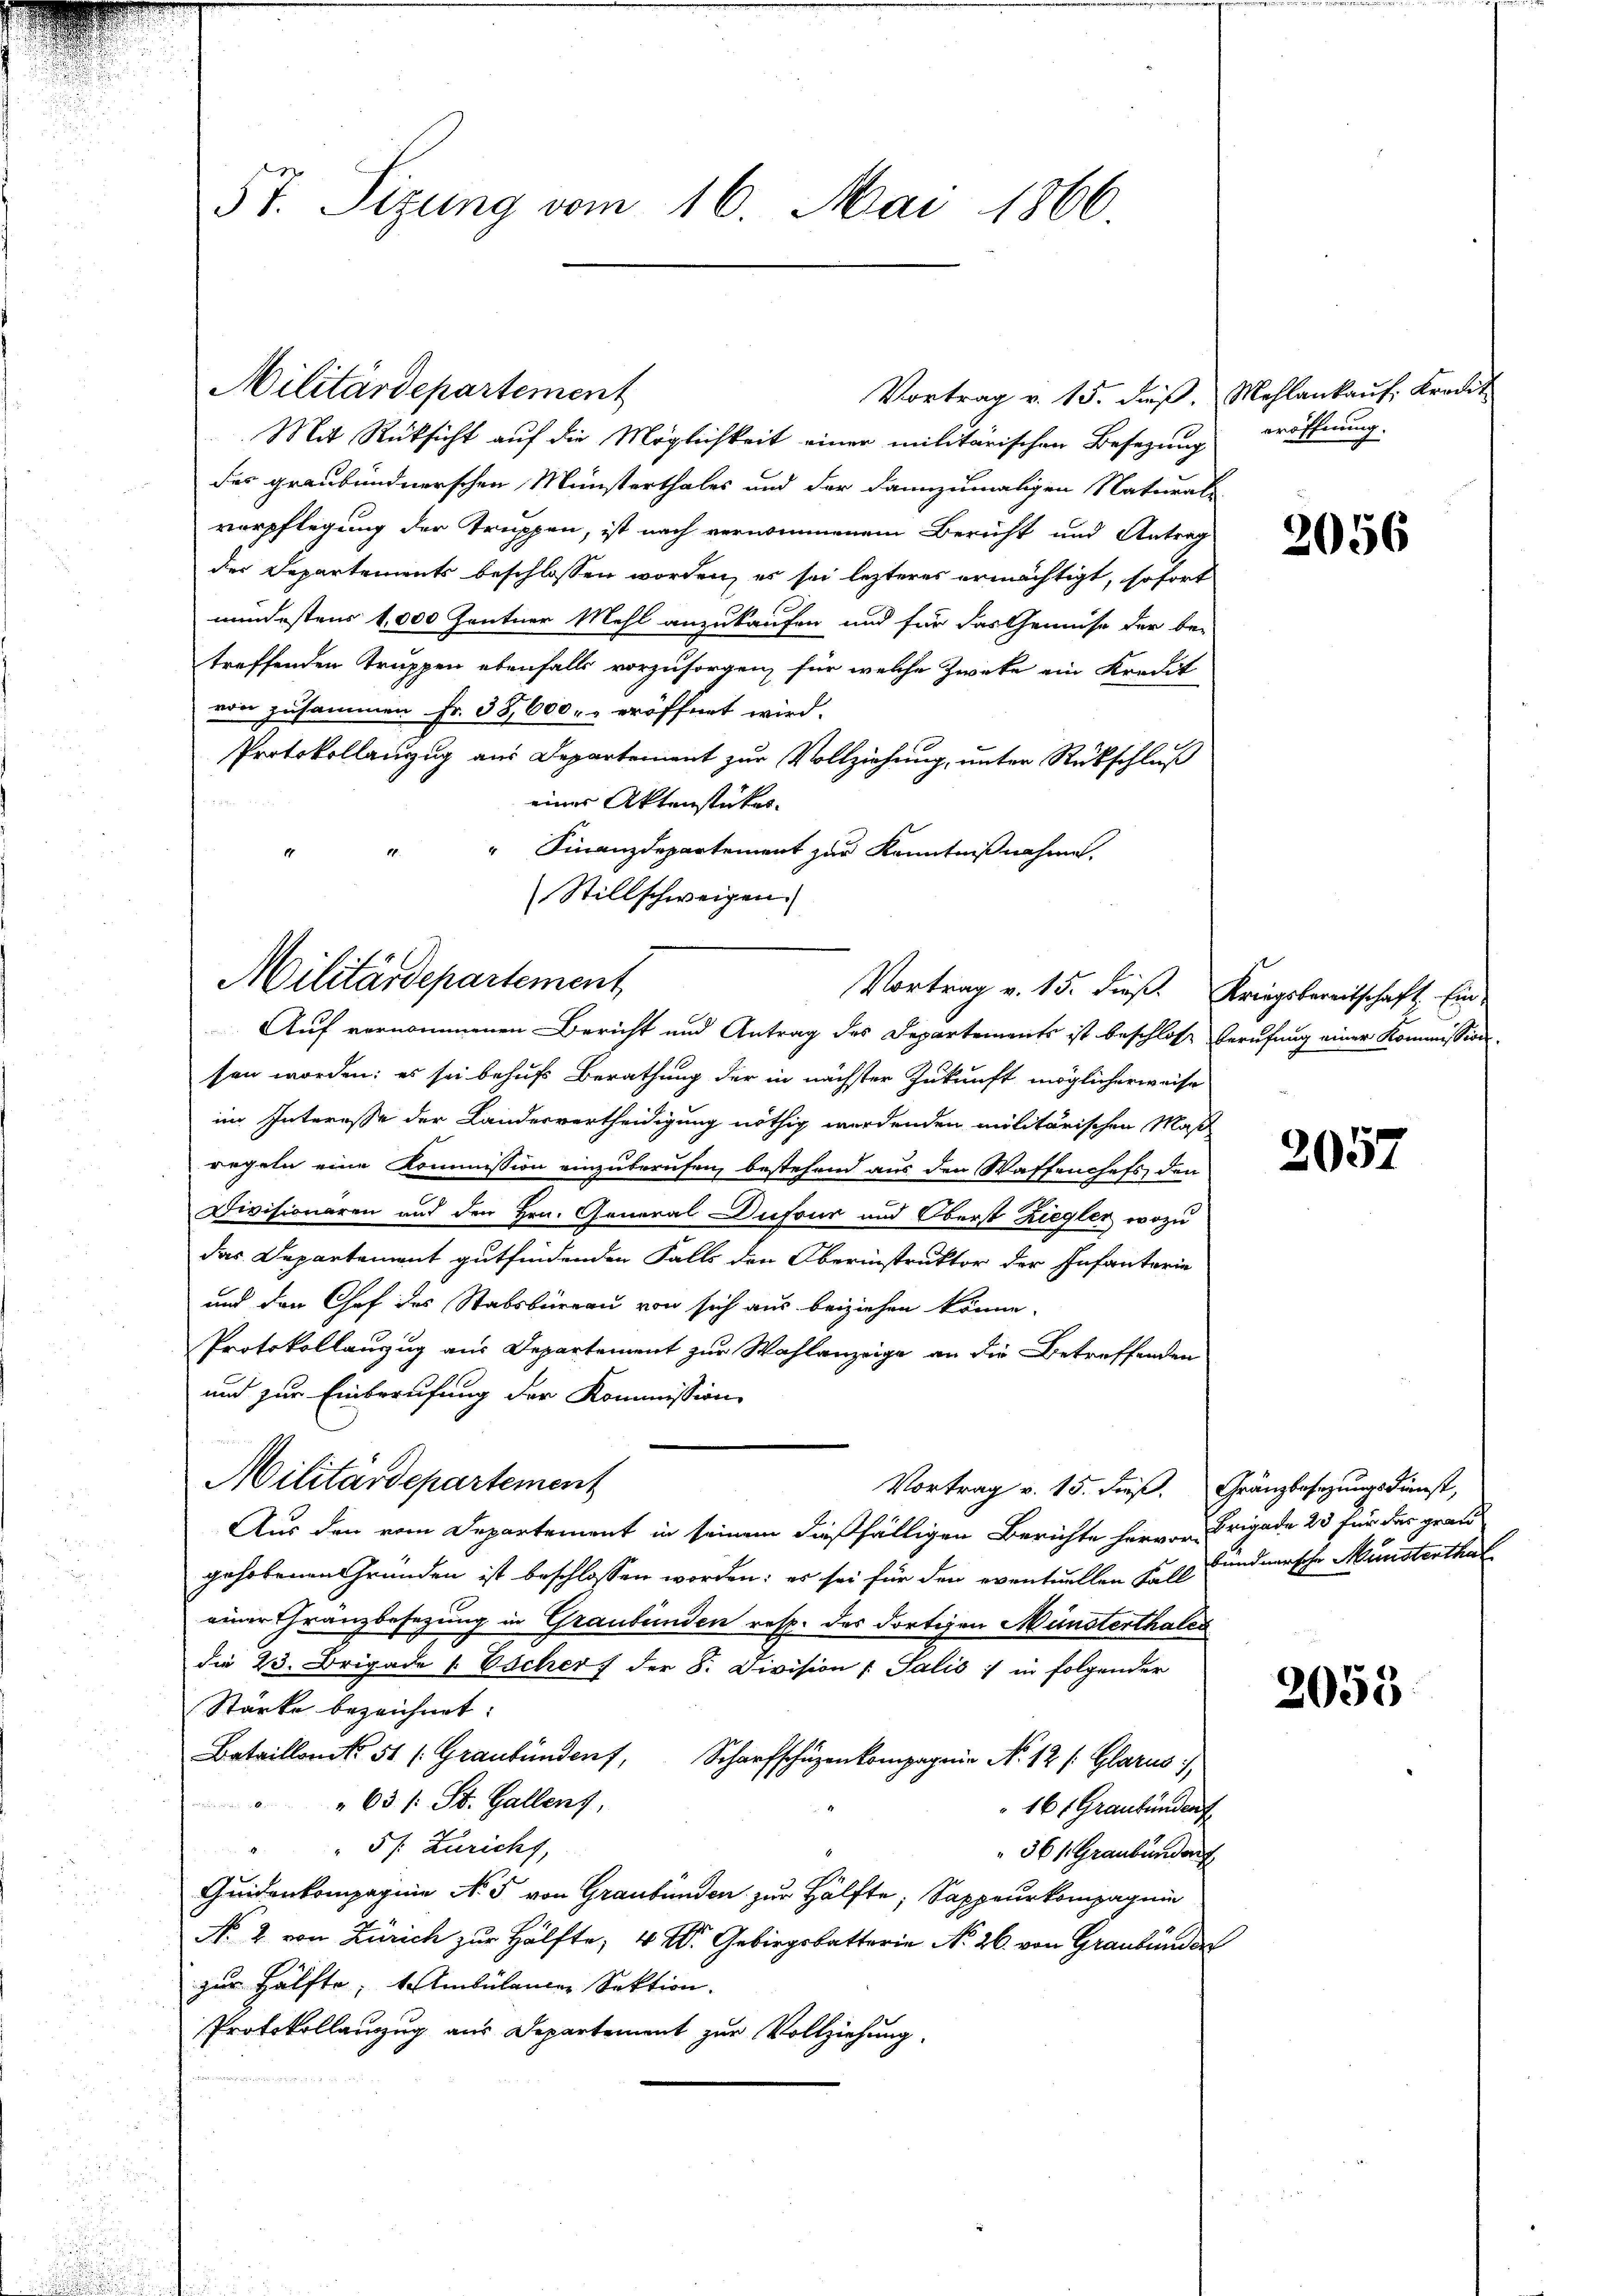
57. Sizung vom 16. Mai 1866

Militärdepartement
Vortrag v. 15. dieβ. Mehlankaŭf Kredit
Mit Rücksicht auf die Möglichkeit einer militärischen Besezung eröffnung.
des graubündnerschen Münsterthales und der dannzumaligen Naturali
vorpflegung der Truppen, ist nach vernommenem Bericht und Antrag
der Departements beschlossen worden, es sei lezteres ermächtigt, sofort
mindestens 1,000 Zentner Mehl anzukaufen und für das Gemüse der be-
treffenden Truppen ebenfalls vorzusorgen, für welche Zweke ein Kredit
von zusammen Fr. 35,000.- eröffnet wird.
Protokollanzzug aus Departement zur Vollziehung, unter Rückschluß
eines Aktenstückes.
" Finanzdepartement zur Kenntnißnahme.
Stillschweigen.)

Militärdepartement
Vortrag v. 15. dieß. Kriegsbereitschaft. Ein-

Auf vernommenen Bericht und Antrag des Departements ist beschlose Berufung einer Kommission.
sen worden; es sei behufs Berathung der in nächster Zukunft möglicherweise
im Interesse der Landesvertheidigung nöthig werdenden militärischen Maß
regeln eine Kommission einzuberufen, bestehend aus den Waffenchefs den
Divisionären auf den Hrn. General Dufour und Oberst Ziegler, wozu
das Departement gutfindenden Falls den Oberinstruktor der Infanterie
und den Chef des Stabsbureau von sich aus beiziehen könne.
Protokollauzug aus Departement zur Wahlanzeige an die Betreffenden
und zur Einberufung der Kommission
Vortrag v. 15. dieß. Gränzbesezungsdienst,
Aus den vom Departement in seinem dießfälligen Berichte hervor Brigade 25 für das groß
gehobenen Gründen ist beschlossen worden: es sei für den eventuellen Fall Fundnersche Münsterthal
einer Gränzbesezung in Graubünden resp. des dortigen Münsterthales
die 23. Brigade 1. Escher der 8. Division : Salis :/ in folgender
Stärke bezeichnet:
Bataillon 51 (Graubünden, Scharfschüzenkompagnie N. 12 /: Glarus i
"63 (: St. Gallenz,
161 Graubünden
" 5 f: Zuricht,
361. Graubünder
Geidenkompagnie No 5 von Graubünden zur Hälfte, Sappeurkompagnie
No. 2. von Zürich zur Hälfte, 4 V. Gebirgsbatterie No 26. von Graubünden
zur Hälfte, 1. Ambülander Sektion.
Protokollauzug aus Departement zur Vollziehung.

Militärdepartement

2056

2057

2055